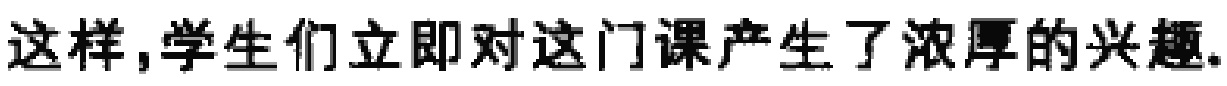
这样,学生们立即对这门课产生了浓厚的兴趣.